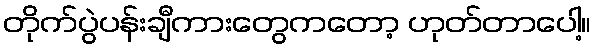
တိုက်ပွဲပန်းချီကားတွေကတော့ ဟုတ်တာပေါ့။